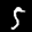
Label: 5